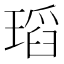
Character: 瑫